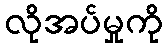
လိုအပ်မှုကို